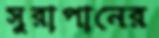
সুরাপানের